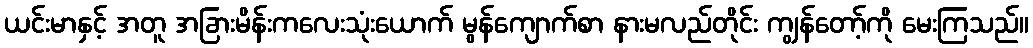
ယင်းမာနှင့် အတူ အခြားမိန်းကလေးသုံးယောက် မွန်ကျောက်စာ နားမလည်တိုင်း ကျွန်တော့်ကို မေးကြသည်။